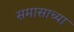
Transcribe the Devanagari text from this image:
समासाच्या